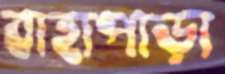
বাহাপাড়া